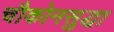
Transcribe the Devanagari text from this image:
चौकोनसुद्धा